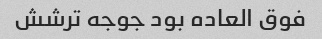
فوق العاده بود جوجه ترشش